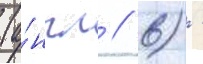
(а́нгл // 6) -